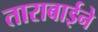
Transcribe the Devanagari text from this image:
ताराबाईने